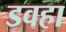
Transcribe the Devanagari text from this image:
डवहा